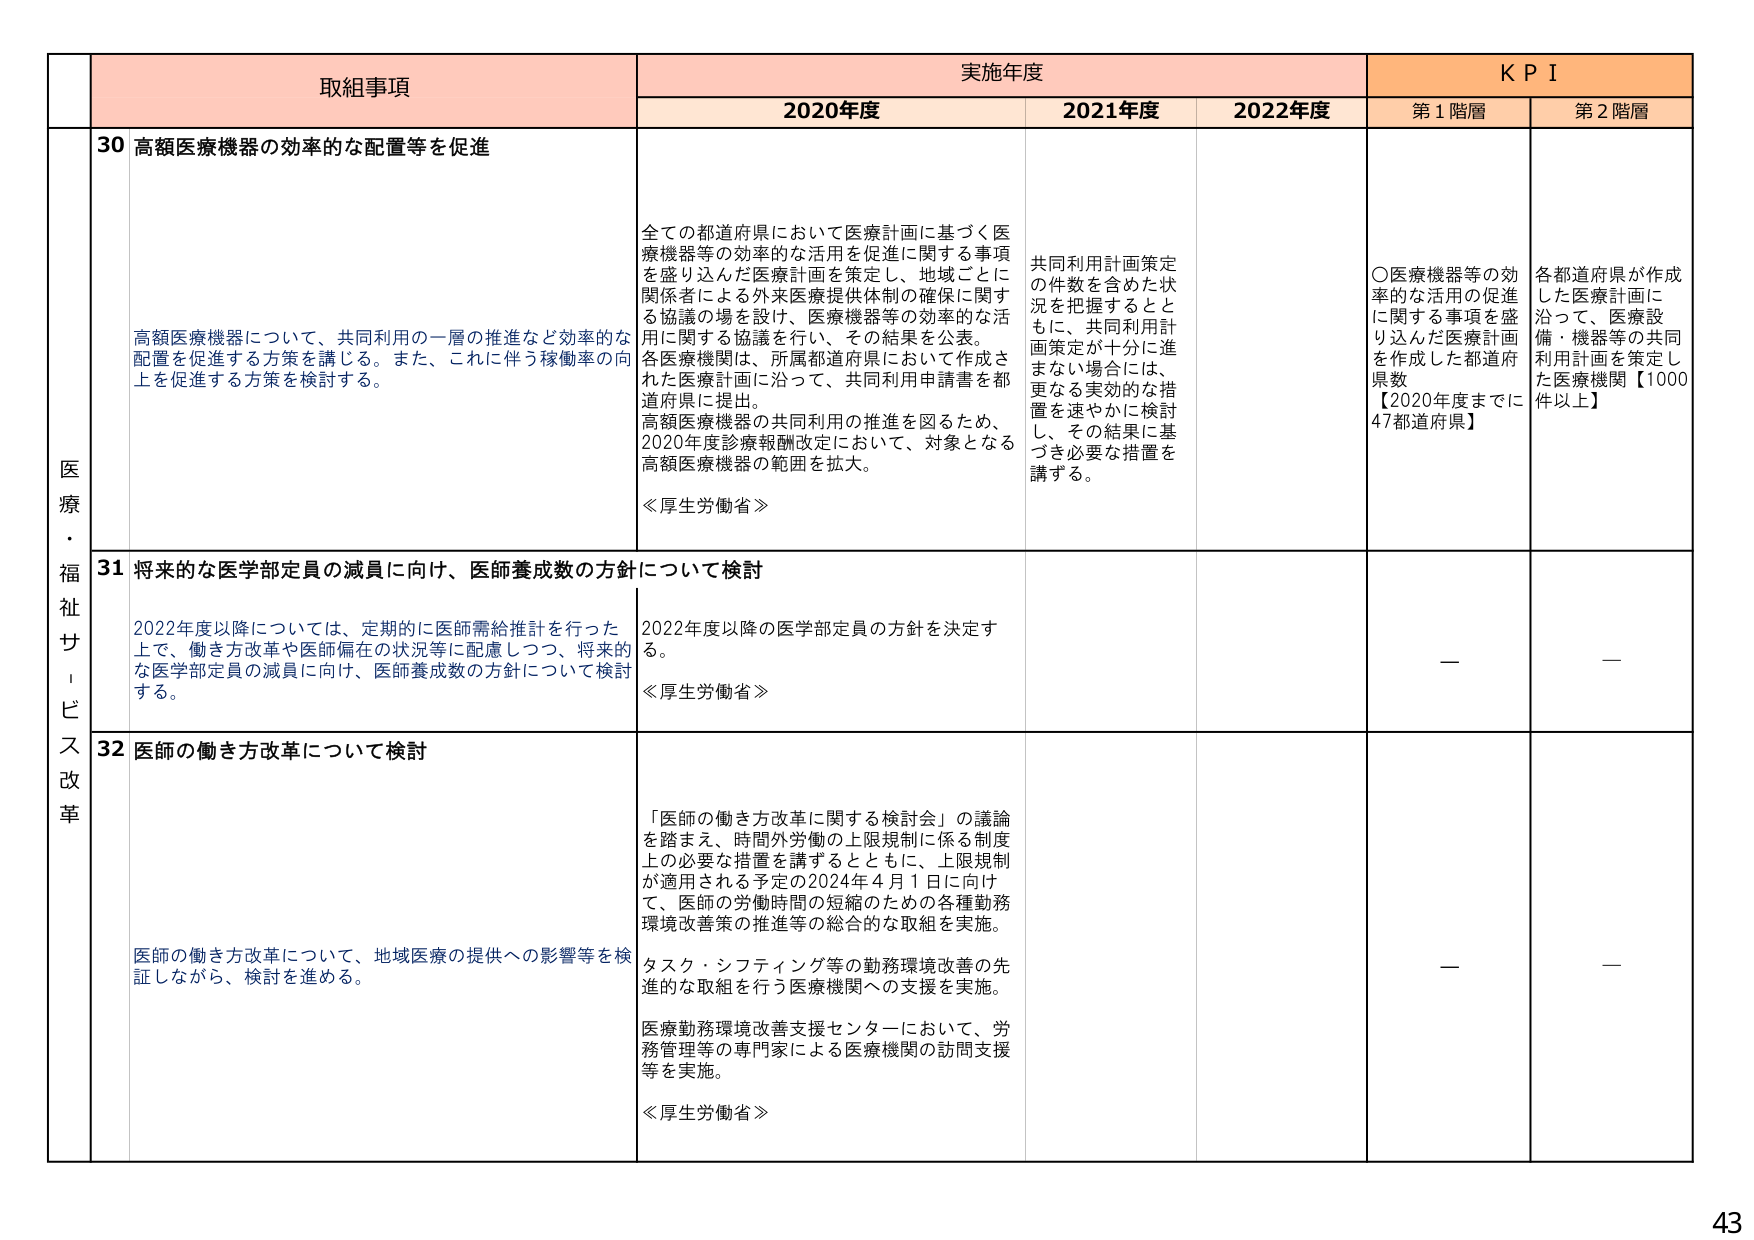
医療・福祉サービス改革

取組事項
実施年度
KPI

2020年度
2021年度
2022年度
第1階層
第2階層

30 高額医療機器の効率的な配置等を促進

高額医療機器について、共同利用の一層の推進など効率的な配置を促進する方策を講じる。また、これに伴う稼働率の向上を促進する方策を検討する。

全ての都道府県において医療計画に基づく医療機器等の効率的な活用を促進に関する事項を盛り込んだ医療計画を策定し、地域ごとに関係者による外来医療提供体制の確保に関する協議の場を設け、医療機器等の効率的な活用に関する協議を行い、その結果を公表。各医療機関は、所属都道府県において作成された医療計画に沿って、共同利用申請書を都道府県に提出。高額医療機器の共同利用の推進を図るため、2020年度診療報酬改定において、対象となる高額医療機器の範囲を拡大。

《厚生労働省》

共同利用計画策定の件数を含めた状況を把握するとともに、共同利用計画策定が十分に進まない場合には、更なる実効的な措置を速やかに検討し、その結果に基づき必要な措置を講ずる。

〇医療機器等の効率的な活用の促進に関する事項を盛り込んだ医療計画を作成した都道府県数
【2020年度までに47都道府県】

各都道府県が作成した医療計画に沿って、医療設備・機器等の共同利用計画を策定した医療機関【1000件以上】

31 将来的な医学部定員の減員に向け、医師養成数の方針について検討

2022年度以降については、定期的に医師需給推計を行った上で、働き方改革や医師偏在の状況等に配慮しつつ、将来的な医学部定員の減員に向け、医師養成数の方針について検討する。

2022年度以降の医学部定員の方針を決定する。

《厚生労働省》

—

—

32 医師の働き方改革について検討

医師の働き方改革について、地域医療の提供への影響等を検証しながら、検討を進める。

「医師の働き方改革に関する検討会」の議論を踏まえ、時間外労働の上限規制に係る制度上の必要な措置を講ずるとともに、上限規制が適用される予定の2024年4月1日に向け、医師の労働時間の短縮のための各種勤務環境改善策の推進等の総合的な取組を実施。タスク・シフティング等の勤務環境改善の先進的な取組を行う医療機関への支援を実施。医療勤務環境改善支援センターにおいて、労務管理等の専門家による医療機関の訪問支援等を実施。

《厚生労働省》

—

—

43